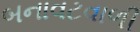
બનાવટવાળી